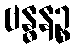
ဗန္ဓနဉ္စ